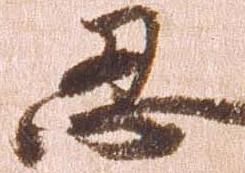
忍